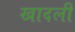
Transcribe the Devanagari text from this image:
खादली